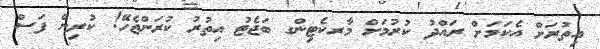
އިތުރަށް އެކަމަށް ރައްދު ކުރުމަށް މާރކެޓިންގ ބަޖެޓު އިތުރު ކުރަންޖެހޭ! ކުރިން ފަސް